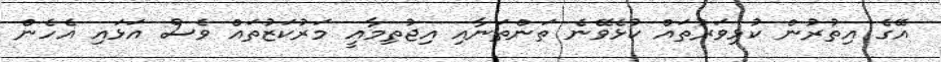
އޭގެ އިތުރުން ކުޅިވަރުތައް ކުޅެވޭނެ ތަންތަނާއި އިޖުތިމާއީ މަރުކަޒުތައް ވެސް އަޅައި އެހެން